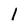
Character: l